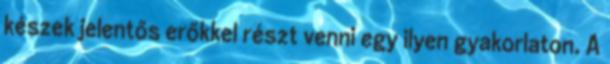
készek jelentős erőkkel részt venni egy ilyen gyakorlaton. A